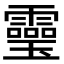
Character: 𩆜